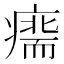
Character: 𤹢